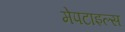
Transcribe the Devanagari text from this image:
मेपटाइल्स